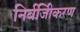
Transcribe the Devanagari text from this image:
निर्बजिीकरण